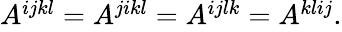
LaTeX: \begin{array}{r}{A^{ijkl}=A^{jikl}=A^{ijlk}=A^{klij}.}\end{array}